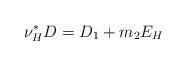
LaTeX: \begin{align*}\nu_H^* D = D_1 + m_2 E_H \end{align*}